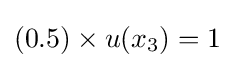
(0.5)\times u(x_{3})=1